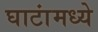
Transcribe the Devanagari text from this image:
घाटांमध्ये